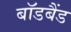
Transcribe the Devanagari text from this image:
बॉडबैंड